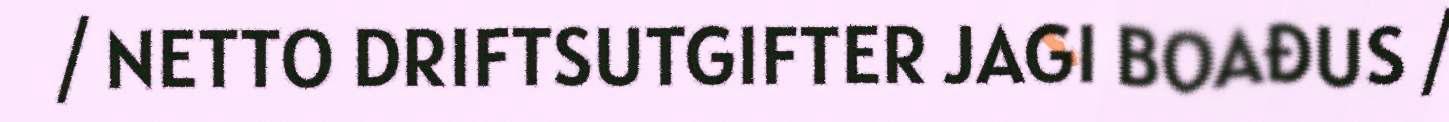
/ NETTO DRIFTSUTGIFTER JAGI BOAĐUS /